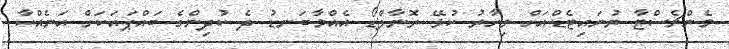
މެންޗެސްޓާ ޔުނައިޓެޑްއަށް މިހާރު ކުޅޭ ރޮނާލްޑޯ އެއްމާބަނޑު ދެ ކުދިންގެ ބައްޕައަކަށް އަނެއްކާ